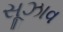
સૂઝાવ